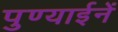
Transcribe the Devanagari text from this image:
पुण्याईनें